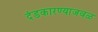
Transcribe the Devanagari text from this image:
दंडकारण्याजवळ